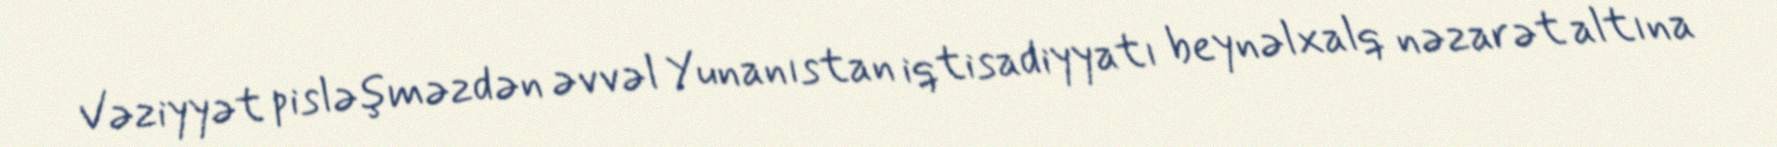
Vəziyyət pisləşməzdən əvvəl Yunanıstan iqtisadiyyatı beynəlxalq nəzarət altına